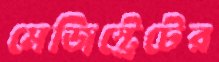
মেজিস্ট্রেটের